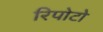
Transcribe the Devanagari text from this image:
रिपोटो